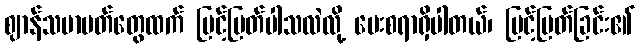
ဈာန်သမာပတ်တွေထက် မြင့်မြတ်ပါသလဲလို့ မေးစရာရှိပါတယ်၊ မြင့်မြတ်ခြင်း၏